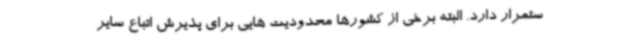
ستمرار دارد. البته برخی از کشورها محدودیت هایی برای پذیرش اتباع سایر